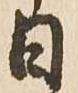
日